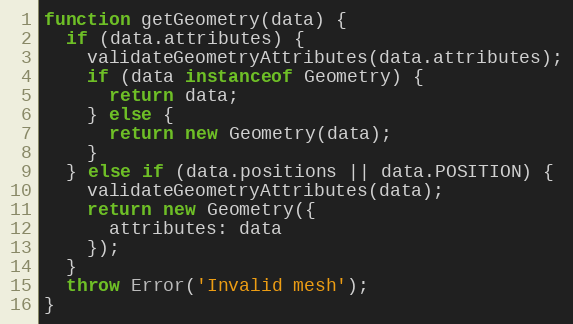
Language: JavaScript
function getGeometry(data) {
  if (data.attributes) {
    validateGeometryAttributes(data.attributes);
    if (data instanceof Geometry) {
      return data;
    } else {
      return new Geometry(data);
    }
  } else if (data.positions || data.POSITION) {
    validateGeometryAttributes(data);
    return new Geometry({
      attributes: data
    });
  }
  throw Error('Invalid mesh');
}